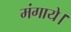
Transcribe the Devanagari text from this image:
मंगाये।